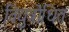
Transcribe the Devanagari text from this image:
विद्युत्रोधित